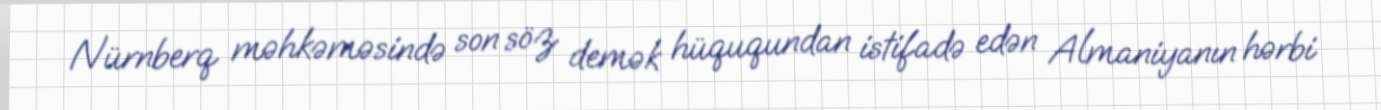
Nürnberq məhkəməsində son söz demək hüququndan istifadə edən Almaniyanın hərbi